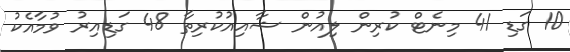
10 ގަޑި 41 މިނެޓް ކުރިން ލިއުން ޝާއިއުކުރިތާ 48 ގަޑިއިރު ވުމާއެކު